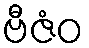
ဗီဇံဝ